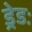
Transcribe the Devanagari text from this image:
ड्रेडः